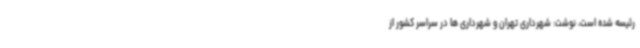
رئیسه شده است، نوشت: شهرداری تهران و شهرداری ها در سراسر کشور از